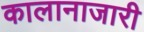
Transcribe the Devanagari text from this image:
कालानाजारी